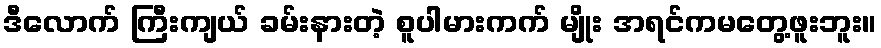
ဒီလောက် ကြီးကျယ် ခမ်းနားတဲ့ စူပါမားကက် မျိုး အရင်ကမတွေ့ဖူးဘူး။